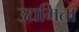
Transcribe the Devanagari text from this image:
उद्यमिता